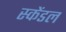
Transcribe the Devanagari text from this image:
स्केंडल